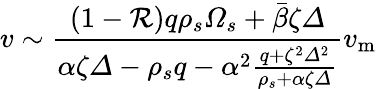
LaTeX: v\sim\frac{\left(1-\mathcal{R}\right)q\rho_{s}\varOmega_{s}+\bar{\beta}\zeta\varDelta}{\alpha\zeta\varDelta-\rho_{s}q-\alpha^{2}\frac{q+\zeta^{2}\varDelta^{2}}{\rho_{s}+\alpha\zeta\varDelta}}v_{\mathrm{m}}